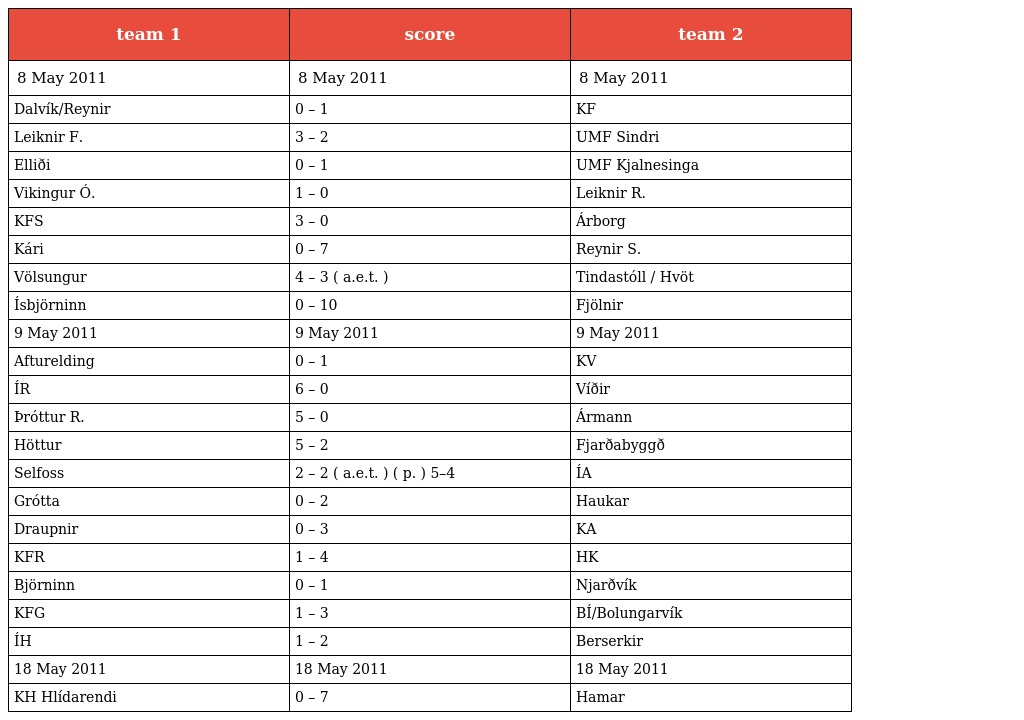
| team 1 | score | team 2 |
 | --- | --- | --- |
 | 8 May 2011 | 8 May 2011 | 8 May 2011 |
 | Dalvík/Reynir | 0 – 1 | KF |
 | Leiknir F. | 3 – 2 | UMF Sindri |
 | Elliði | 0 – 1 | UMF Kjalnesinga |
 | Vikingur Ó. | 1 – 0 | Leiknir R. |
 | KFS | 3 – 0 | Árborg |
 | Kári | 0 – 7 | Reynir S. |
 | Völsungur | 4 – 3 ( a.e.t. ) | Tindastóll / Hvöt |
 | Ísbjörninn | 0 – 10 | Fjölnir |
 | 9 May 2011 | 9 May 2011 | 9 May 2011 |
 | Afturelding | 0 – 1 | KV |
 | ÍR | 6 – 0 | Víðir |
 | Þróttur R. | 5 – 0 | Ármann |
 | Höttur | 5 – 2 | Fjarðabyggð |
 | Selfoss | 2 – 2 ( a.e.t. ) ( p. ) 5–4 | ÍA |
 | Grótta | 0 – 2 | Haukar |
 | Draupnir | 0 – 3 | KA |
 | KFR | 1 – 4 | HK |
 | Björninn | 0 – 1 | Njarðvík |
 | KFG | 1 – 3 | BÍ/Bolungarvík |
 | ÍH | 1 – 2 | Berserkir |
 | 18 May 2011 | 18 May 2011 | 18 May 2011 |
 | KH Hlídarendi | 0 – 7 | Hamar |